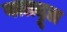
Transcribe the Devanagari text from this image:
वातदूत